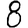
Digit: 8